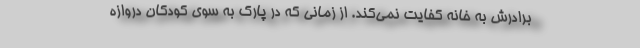
برادرش به خانه كفايت نمي‌كند. از زماني كه در پارك به سوي كودكان دروازه